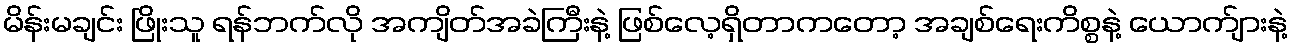
မိန်းမချင်း ဖြိုးသူ ရန်ဘက်လို အကျိတ်အခဲကြီးနဲ့ ဖြစ်လေ့ရှိတာကတော့ အချစ်ရေးကိစ္စနဲ့ ယောက်ျားနဲ့